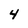
Character: 4